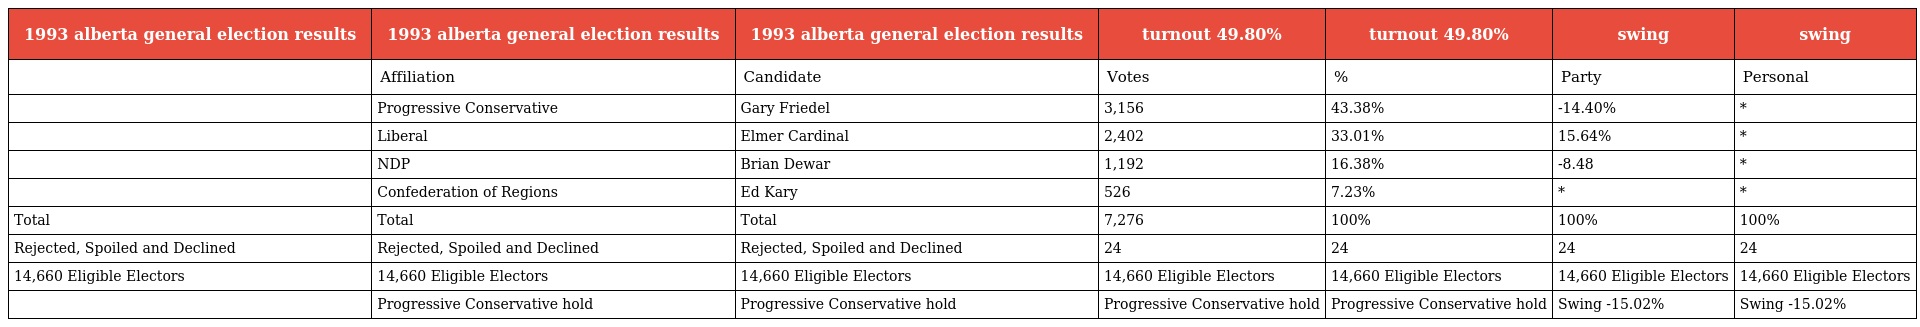
| 1993 alberta general election results | 1993 alberta general election results | 1993 alberta general election results | turnout 49.80% | turnout 49.80% | swing | swing |
 | --- | --- | --- | --- | --- | --- | --- |
 |  | Affiliation | Candidate | Votes | % | Party | Personal |
 |  | Progressive Conservative | Gary Friedel | 3,156 | 43.38% | -14.40% | * |
 |  | Liberal | Elmer Cardinal | 2,402 | 33.01% | 15.64% | * |
 |  | NDP | Brian Dewar | 1,192 | 16.38% | -8.48 | * |
 |  | Confederation of Regions | Ed Kary | 526 | 7.23% | * | * |
 | Total | Total | Total | 7,276 | 100% | 100% | 100% |
 | Rejected, Spoiled and Declined | Rejected, Spoiled and Declined | Rejected, Spoiled and Declined | 24 | 24 | 24 | 24 |
 | 14,660 Eligible Electors | 14,660 Eligible Electors | 14,660 Eligible Electors | 14,660 Eligible Electors | 14,660 Eligible Electors | 14,660 Eligible Electors | 14,660 Eligible Electors |
 |  | Progressive Conservative hold | Progressive Conservative hold | Progressive Conservative hold | Progressive Conservative hold | Swing -15.02% | Swing -15.02% |